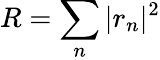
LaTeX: R=\sum_{n}|r_{n}|^{2}